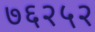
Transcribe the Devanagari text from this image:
७६२५२